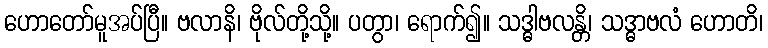
ဟောတော်မူအပ်ပြီ။ ဗလာနိ၊ ဗိုလ်တို့သို့။ ပတွာ၊ ရောက်၍။ သဒ္ဓါဗလန္တိ၊ သဒ္ဓာဗလံ ဟောတိ၊